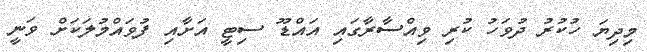
މިދިޔަ ހުކުރު ދުވަހު ކުރި ވިއްސާރާގައި އައްޑޫ ސިޓީ އަށާއި ފުވައްމުލަކަށް ވަނީ